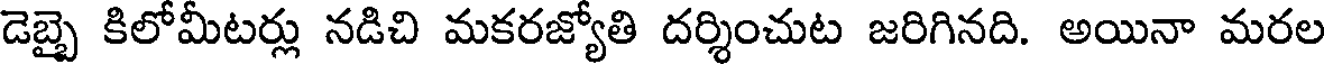
డెబ్బై కిలోమీటర్లు నడిచి మకరజ్యోతి దర్శించుట జరిగినది. అయినా మరల